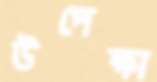
উপেক্ষা